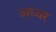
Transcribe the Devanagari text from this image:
अध्वर